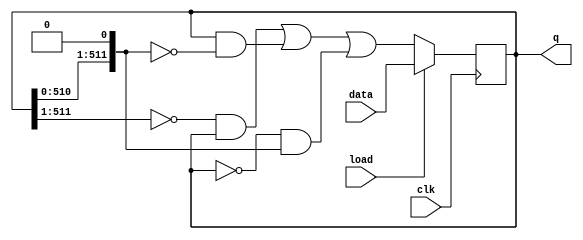
module top_module(
    input clk,
    input load,
    input [511:0] data,
    output [511:0] q
); 

    wire [511:0] left,right;
    assign left = {1'b0,q[511:1]};
    assign right = {q[510:0],1'b0};
    
    always @(posedge clk) begin
        if (load)
            q <= data;
        else
            q <= (~left&q) | (q&~right) | (~q&right); //k-map
    end
endmodule